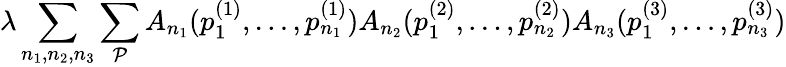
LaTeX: \lambda\sum_{n_{1},n_{2},n_{3}}\sum_{\cal P}A_{n_{1}}(p_{1}^{(1)},\ldots,p_{n_{1}}^{(1)})A_{n_{2}}(p_{1}^{(2)},\ldots,p_{n_{2}}^{(2)})A_{n_{3}}(p_{1}^{(3)},\ldots,p_{n_{3}}^{(3)})